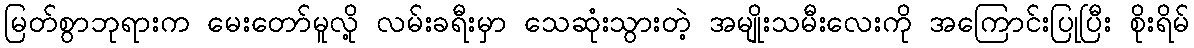
မြတ်စွာဘုရားက မေးတော်မူလို့ လမ်းခရီးမှာ သေဆုံးသွားတဲ့ အမျိုးသမီးလေးကို အကြောင်းပြုပြီး စိုးရိမ်